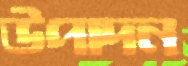
উপাদন